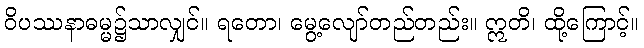
ဝိပဿနာဓမ္မ၌သာလျှင်။ ရတော၊ မွေ့လျော်တည်တည်း။ ဣတိ၊ ထို့ကြောင့်။